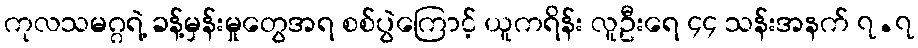
ကုလသမဂ္ဂရဲ့ ခန့်မှန်းမှုတွေအရ စစ်ပွဲကြောင့် ယူကရိန်း လူဦးရေ ၄၄ သန်းအနက် ၇.၇